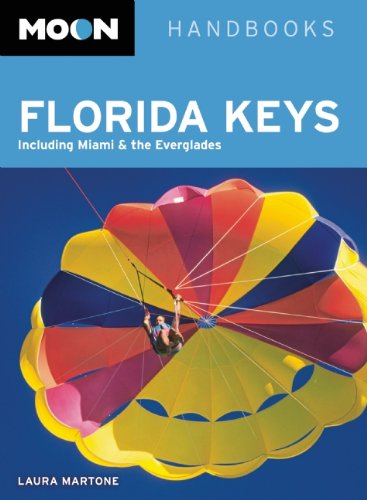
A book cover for Moon Florida Keys (Moon Handbooks); Laura Martone; Travel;